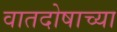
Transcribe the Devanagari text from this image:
वातदोषाच्या